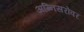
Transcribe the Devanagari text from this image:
अग्निसरोवर